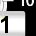
Digit: 1